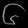
Digit: ၆